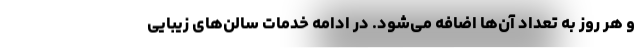
و هر روز به تعداد آن‌ها اضافه می‌شود. در ادامه خدمات سالن‌های زیبایی